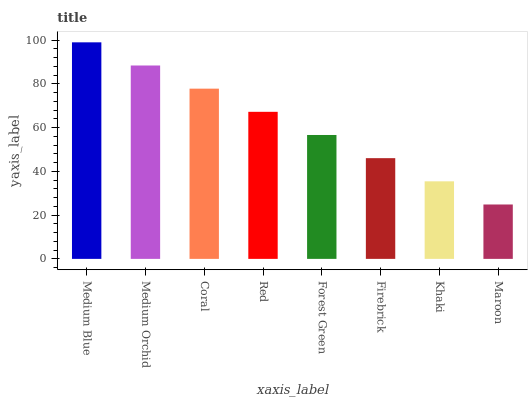
| xaxis_label | bars |
 | --- | --- |
 | Medium Blue | 99 |
 | Medium Orchid | 88.4 |
 | Coral | 77.8 |
 | Red | 67.2 |
 | Forest Green | 56.6 |
 | Firebrick | 46 |
 | Khaki | 35.5 |
 | Maroon | 24.9 |